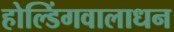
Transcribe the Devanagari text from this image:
होल्डिंगवालाधन